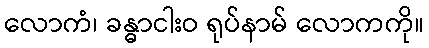
လောကံ၊ ခန္ဓာငါးဝ ရုပ်နာမ် လောကကို။